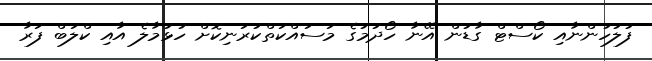
ފުލުހުންނާއި ކޯސްޓް ގާޑުން އޭނާ ހޯދުމުގެ މަސައްކަތްކުރަނިކޮށް ހުޅުމާލެ އާއި ކްލަބް ފަރާ